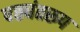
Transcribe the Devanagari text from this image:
षष्ठ्यंतरूप